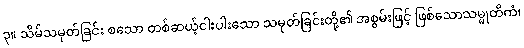
၃။ သိမ်သမုတ်ခြင်း စသော တစ်ဆယ့်ငါးပါးသော သမုတ်ခြင်းတို့၏ အစွမ်းဖြင့် ဖြစ်သောသမ္မုတိကံ၊